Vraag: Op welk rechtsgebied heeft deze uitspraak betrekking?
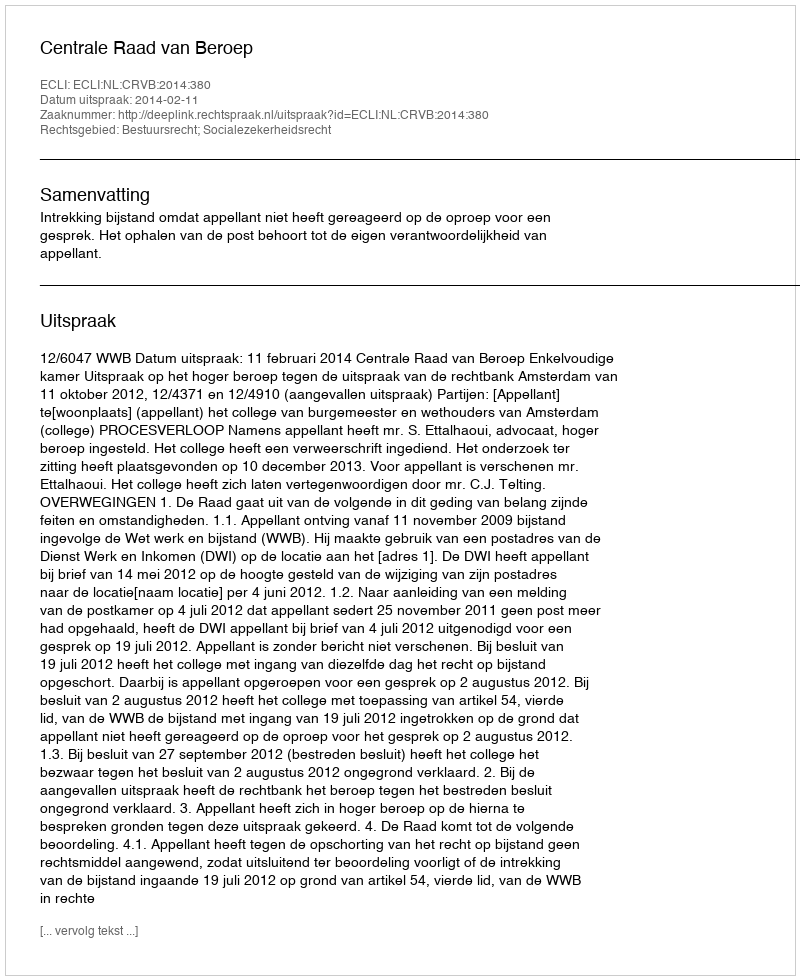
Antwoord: Bestuursrecht; Socialezekerheidsrecht